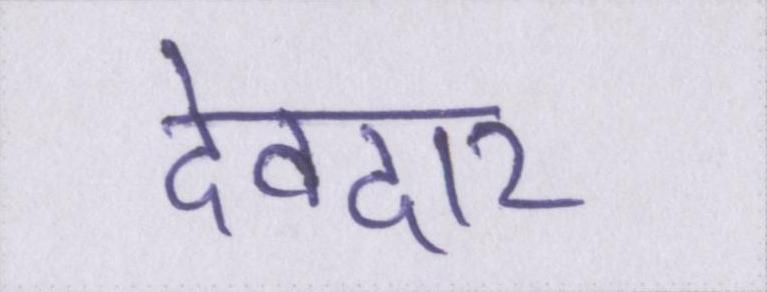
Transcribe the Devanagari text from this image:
देवदार